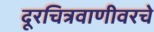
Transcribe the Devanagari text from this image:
दूरचित्रवाणीवरचे